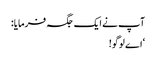
آپ نے ایک جگہ فرمایا:
‘اے لوگو!